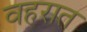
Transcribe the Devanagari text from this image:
वहरात